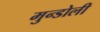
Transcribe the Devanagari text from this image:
मुन्डोली